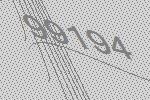
99194